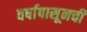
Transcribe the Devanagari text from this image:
वर्षापासूनची